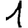
Digit: 1